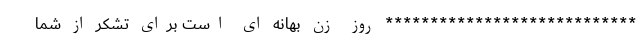
**************************** روز زن بهانه ای است برای تشکر از شما